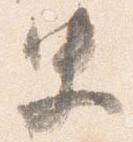
史